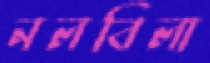
নলবিলা